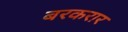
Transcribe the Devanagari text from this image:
बरकरार